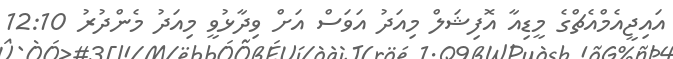
އައިޖީއެމްއެޗްގެ މީޑިއާ އޮފިޝަލް މިއަދު އަވަސް އަށް ވިދާޅުވީ މިއަދު މެންދުރު 12:10